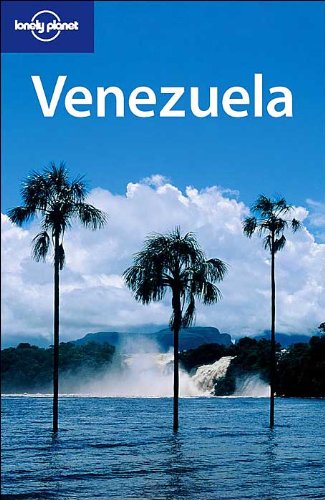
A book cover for Lonely Planet Venezuela; Krzysztof Dydynski; Travel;